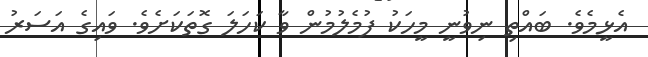
އެޅީމެވެ. ބައްތި ނިވުނީ މީހަކު ފުމެލުމުން ވާ ކަހަލަ ގޮތަކަށެވެ. ވައިގެ އަސަރު